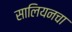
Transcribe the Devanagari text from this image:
सालियनचा